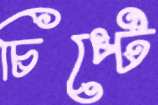
চিপ্‌টে